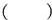
( )